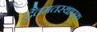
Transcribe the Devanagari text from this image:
द्वैतमतस्थापक